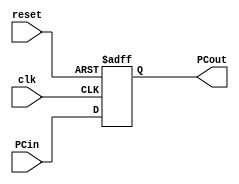
module programCounter(
  input clk, reset,
  input [63:0] PCin,
  output reg [63:0] PCout);
  
  always @ (posedge clk or posedge reset)
    begin
      if (reset)
        PCout = 0;
      else
        PCout = PCin;
    end
endmodule